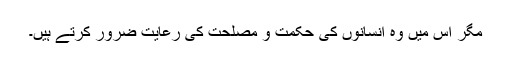
مگر اس میں وہ انسانوں کی حکمت و مصلحت کی رعایت ضرور کرتے ہیں۔